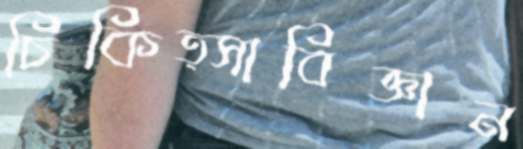
চিকিত্সাবিজ্ঞান